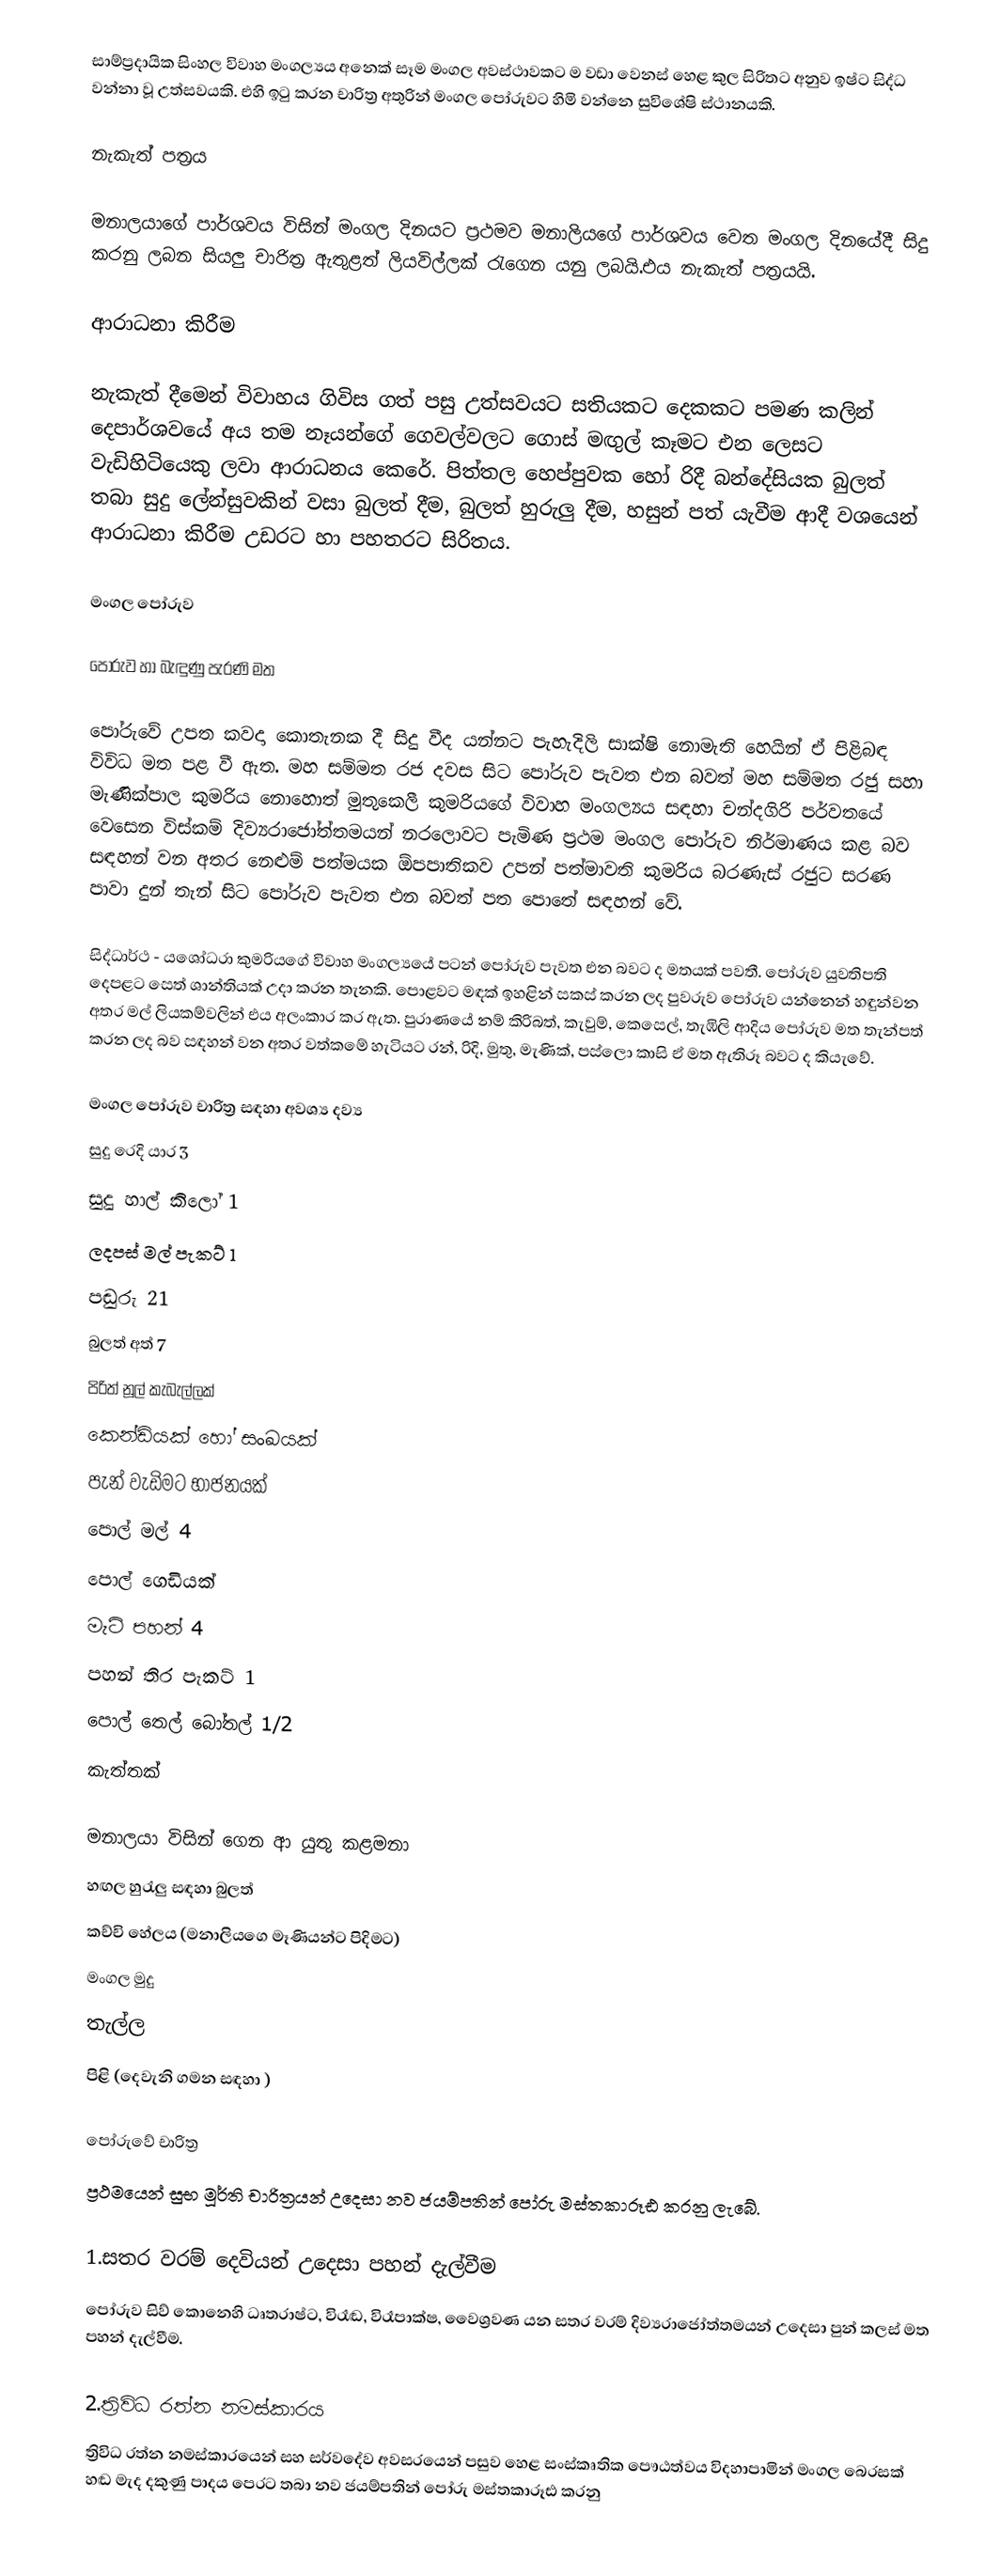
සාම්ප්‍රදායික සිංහල විවාහ මංගල්‍යය අනෙක් සෑම මංගල අවස්ථාවකට ම වඩා වෙනස් හෙළ කුල සිරිතට අනුව ඉෂ්ට සිද්ධ වන්නා වූ උත්සවයකි. එහි ඉටු කරන චාරිත්‍ර අතුරින් මංගල පෝරුවට හිමි වන්නෙ සුවිශේෂි ස්ථානයකි.

නැකැත් පත්‍රය

මනාලයාගේ පාර්ශවය විසින් මංගල දිනයට ප්‍රථමව මනාලියගේ පාර්ශවය වෙත මංගල දින‍යේදී සිදු කරනු ලබන සියලු චාරිත්‍ර ඇතුළත් ලියවිල්ලක් රැගෙන යනු ලබයි.එය නැකැත් පත්‍රයයි.

ආරාධනා කිරීම

නැකැත් දීමෙන් විවාහය ගිවිස ගත් පසු උත්සවයට සතියකට දෙකකට පමණ කලින් දෙපාර්ශවයේ අය තම නෑයන්ගේ ගෙවල්වලට ගොස් මඟුල් කෑමට එන ලෙසට වැඩිහිටියෙකු ලවා ආරාධනය කෙරේ. පිත්තල හෙප්පුවක හෝ රිදී බන්දේසියක බුලත් තබා සුදු ලේන්සු‍වකින් වසා බුලත් දීම, බුලත් හුරුලු දීම, හසුන් පත් යැවීම ආදී වශයෙන් ආරාධනා කිරීම උඩරට හා පහතරට සිරිතය.

මංගල පෝරුව

පෝරුව හා බැඳුණු පැරණි මත

පෝරුවේ උපත කවදා කොතැනක දී සිදු වීද යන්නට පැහැදිලි සාක්ෂි නොමැති හෙයින් ඒ පිළිබඳ විවිධ මත පළ වී ඇත. මහ සම්මත රජ දවස සි‍ට පෝරුව පැවත එන බවත් මහ සම්මත රජු සහා මැණික්පාල කුමරිය නොහොත් මුතුකෙලී කුමරියගේ විවාහ මංගල්‍යය සඳහා චන්දගිරි පර්වතයේ වෙසෙන විස්කම් දිව්‍යරාජෝත්තමයන් නරලොවට පැමිණ ප්‍රථම මංගල පෝරුව නිර්මාණය කළ බව සඳහන් වන අතර නෙළුම් පත්මයක ඕපපාතිකව උපන් පත්මාවති කුමරිය බරණැස් රජුට සරණ පාවා දුන් තැන් සිට පෝරුව පැවත එන බවත් පත පොතේ  සඳහන් වේ.

සිද්ධාර්ථ - යශෝධරා කුමරියගේ විවාහ මංගල්‍යයේ පටන් පෝරුව පැවත එන බවට ද මතයක් පවතී. පෝරුව යුවතිපති දෙපළට සෙත් ශාන්තියක් උදා කරන තැනකි. පොළවට මඳක් ඉහළින් සකස් කරන ලද පුවරුව පෝරුව යන්නෙන් හඳුන්වන අතර මල් ලියකම්වලින් එය අලංකාර කර ඇත. පුරාණයේ නම් කිරිබත්, කැවුම්, කෙසෙල්, තැඹිලි ආදිය පෝරුව මත තැන්පත් කරන ලද බව සඳහන් වන අතර වත්කමේ හැටියට රන්, රිදි, මුතු, මැණික්, පස්ලො කාසි ඒ මත ඇතිරූ බවට ද කියැවේ.

මංගල පෝරුව චාරිත්‍ර සඳහා අවශ්‍ය දව්‍ය
සුදු රෙදි යාර 3
සුදු හාල් කිලෝ 1
ලදපස් මල් පැකට් 1
පඬුරු 21
බුලත් අත් 7
පිරිත් නූල් කැබැල්ලක්
කෙන්ඩියක් හෝ සංඛයක්
පැන් වැඩිමට භාජනයක්
පොල් මල් 4
පොල් ගෙඩියක්
මැ‍ටි පහන් 4
පහන් තිර පැකට් 1
පොල් තෙල් බෝතල් 1/2
කැත්තක්

මනාලයා විසින් ගෙන ආ යුතු කළමනා
හඟල හුරැලු සඳහා බුලත්
කච්චි හේලය (මනාලියගෙ මෑණියන්ට පිදිමට)
මංගල මුදු
තැල්ල
පිළි 	(‍දෙවැනි ගමන සඳහා )

පෝරුවේ චාරිත්‍ර
ප්‍රථමයෙන් සුභ මූර්ති චාරිත්‍රයන් උදෙසා නව ජයම්පතින්  පෝරු මස්තකාරූඪ කරනු ලැබේ.

1.සතර වරම් දෙවියන් උදෙසා පහන් දැල්වීම
පෝරුව සිව් කොනෙහි ධෘතරාෂ්ට, විරෑඬ, විරෑපාක්ෂ, වෛශ්‍රවණ යන සතර වරම් දිව්‍යරාජෝත්තමයන් උදෙසා පුන් කලස් මත පහන් දැල්වීම.

2.ත්‍රිවිධ රත්න නමස්කාරය
ත්‍රිවිධ රත්න නමස්කාර‍යෙන් සහ සර්වදේව අවසරයෙන් පසුව හෙළ සංස්කෘතික ‍පෞඨත්වය විදහාපාමින් මංගල බෙරසක් හඬ මැද දකුණු පාදය පෙරට තබා  නව ජයම්පතින්  පෝරු මස්තකාරූඪ කරනු